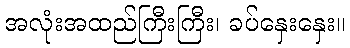
အလုံးအထည်ကြီးကြီး၊ ခပ်နှေးနှေး။